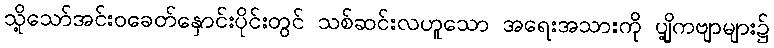
သို့သော်အင်းဝခေတ်နှောင်းပိုင်းတွင် သစ်ဆင်းလဟူသော အရေးအသားကို ပျို့ကဗျာများ၌